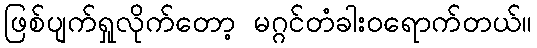
ဖြစ်ပျက်ရှုလိုက်တော့ မဂ္ဂင်တံခါးဝရောက်တယ်။